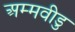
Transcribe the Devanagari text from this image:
अम्मवीडु